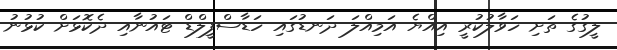
ލީގުގެ ތަށި ހަވާލުކުރީ އިއްޔެ އަމިއްލަ ދަނޑުގައި ހަޑާސްފީލްޑް ޓައުނާއި ދެކޮޅަށް ކުޅުނު